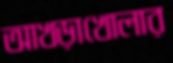
আখড়াখোলার